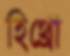
হিথ্রো